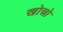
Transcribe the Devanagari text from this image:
खोस्रो